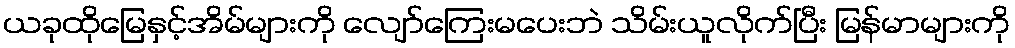
ယခုထိုမြေနှင့်အိမ်များကို လျော်ကြေးမပေးဘဲ သိမ်းယူလိုက်ပြီး မြန်မာများကို